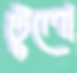
টুলো